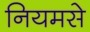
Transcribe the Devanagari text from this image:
नियमसे